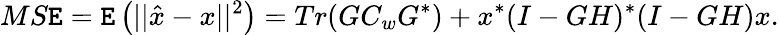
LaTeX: MS\mathtt{E}=\mathtt{E}\left(||{\hat{{x}}}-x||^{2}\right)=Tr(GC_{w}G^{*})+x^{*}(I-GH)^{*}(I-GH)x.